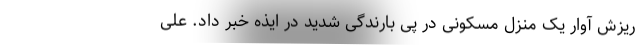
ریزش آوار یک منزل مسکونی در پی بارندگی شدید در ایذه خبر داد. علی